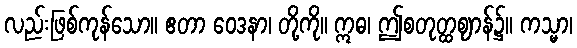
လည်းဖြစ်ကုန်သော။ ဧတာ ဝေဒနာ၊ တို့ကို။ ဣဓ၊ ဤစတုတ္ထဈာန်၌။ ကသ္မာ၊